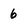
Character: 6